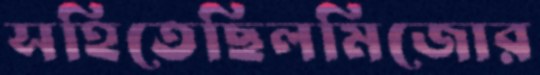
সহিতেছিলমিজোর